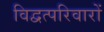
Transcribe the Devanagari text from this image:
विद्वत्परिवारों